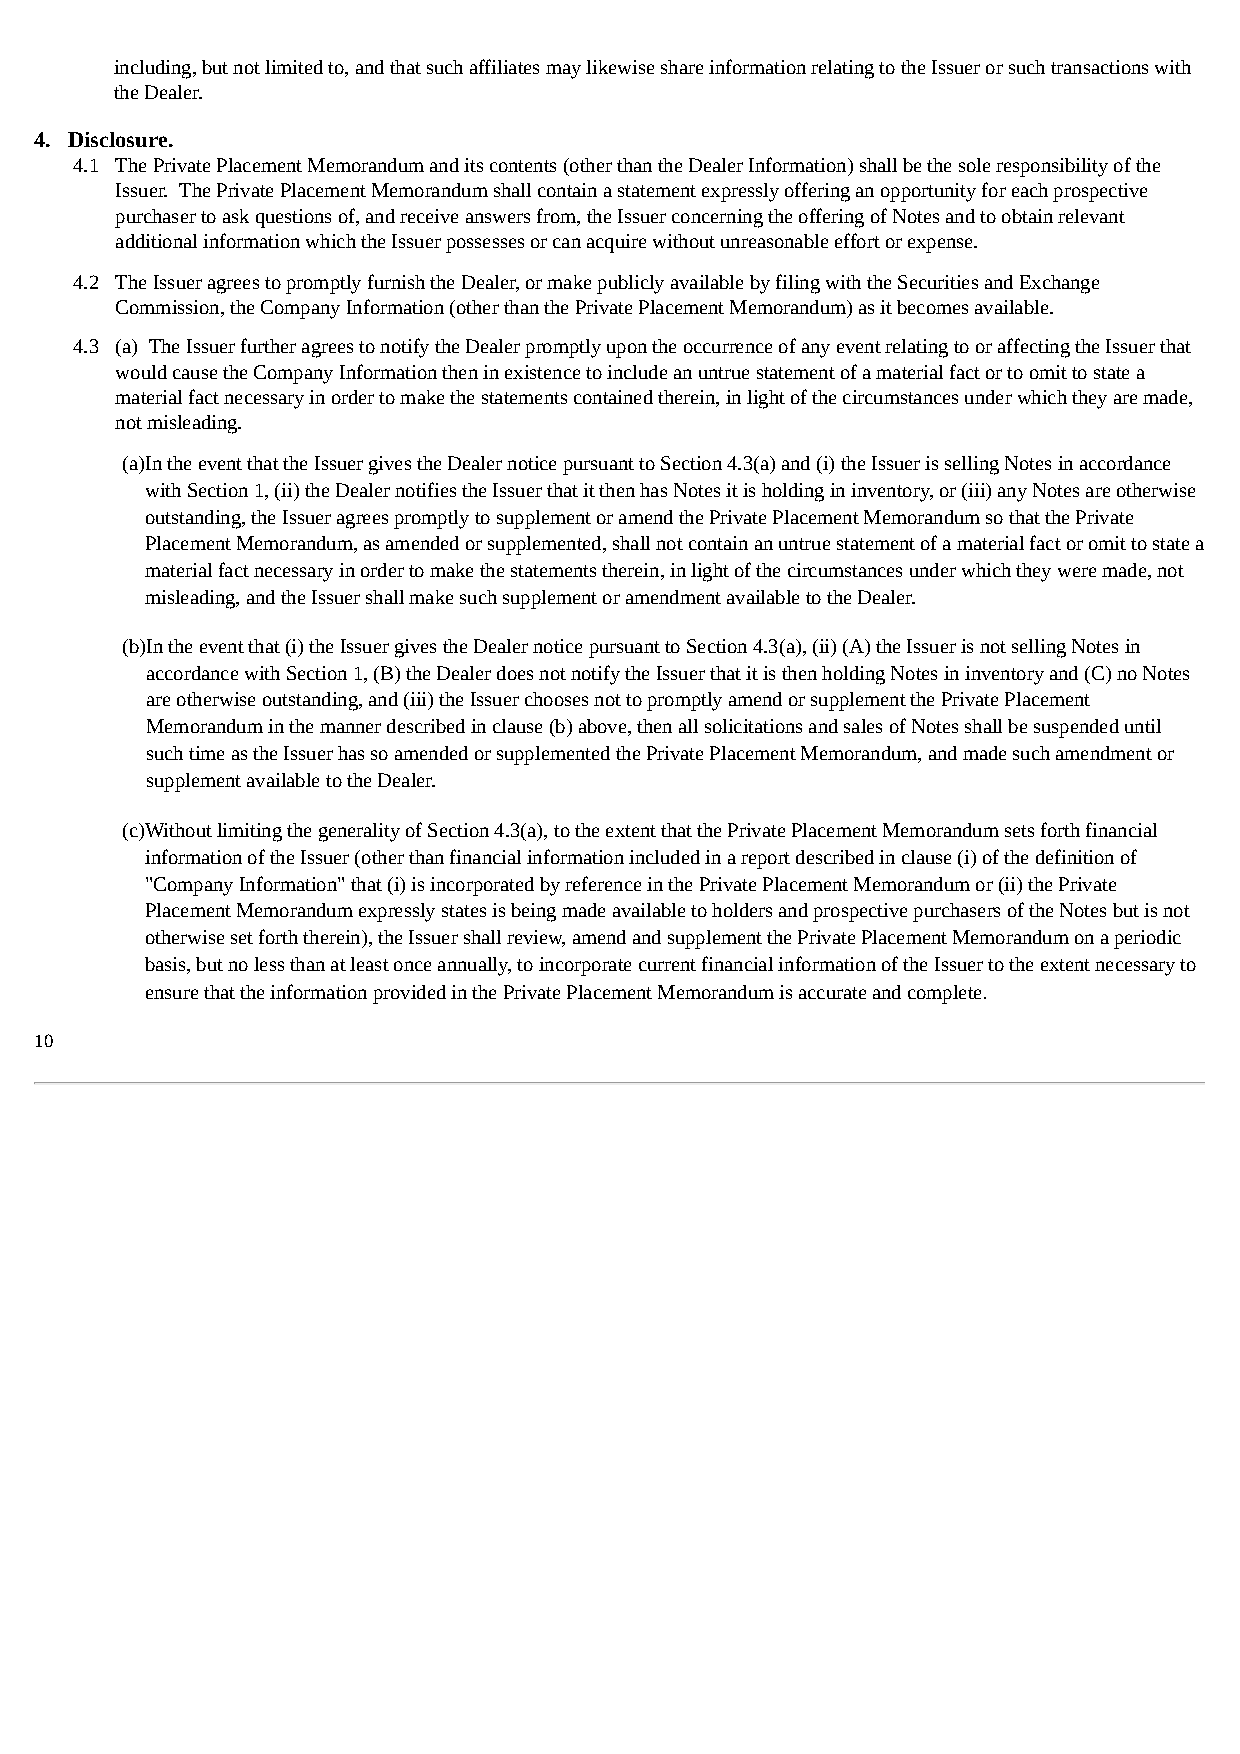
including, but not limited to, and that such affiliates may likewise share information relating to the Issuer or such transactions with
 the Dealer.
 4. Disclosure.
 4.1 The Private Placement Memorandum and its contents (other than the Dealer Information) shall be the sole responsibility of the
 Issuer. The Private Placement Memorandum shall contain a statement expressly offering an opportunity for each prospective
 purchaser to ask questions of, and receive answers from, the Issuer concerning the offering of Notes and to obtain relevant
 additional information which the Issuer possesses or can acquire without unreasonable effort or expense.
 4.2 The Issuer agrees to promptly furnish the Dealer, or make publicly available by filing with the Securities and Exchange
 Commission, the Company Information (other than the Private Placement Memorandum) as it becomes available.
 4.3 (a) The Issuer further agrees to notify the Dealer promptly upon the occurrence of any event relating to or affecting the Issuer that
 would cause the Company Information then in existence to include an untrue statement of a material fact or to omit to state a
 material fact necessary in order to make the statements contained therein, in light of the circumstances under which they are made,
 not misleading.
 (a)In the event that the Issuer gives the Dealer notice pursuant to Section 4.3(a) and (i) the Issuer is selling Notes in accordance
 with Section 1, (ii) the Dealer notifies the Issuer that it then has Notes it is holding in inventory, or (iii) any Notes are otherwise
 outstanding, the Issuer agrees promptly to supplement or amend the Private Placement Memorandum so that the Private
 Placement Memorandum, as amended or supplemented, shall not contain an untrue statement of a material fact or omit to state a
 material fact necessary in order to make the statements therein, in light of the circumstances under which they were made, not
 misleading, and the Issuer shall make such supplement or amendment available to the Dealer.
 (b)In the event that (i) the Issuer gives the Dealer notice pursuant to Section 4.3(a), (ii) (A) the Issuer is not selling Notes in
 accordance with Section 1, (B) the Dealer does not notify the Issuer that it is then holding Notes in inventory and (C) no Notes
 are otherwise outstanding, and (iii) the Issuer chooses not to promptly amend or supplement the Private Placement
 Memorandum in the manner described in clause (b) above, then all solicitations and sales of Notes shall be suspended until
 such time as the Issuer has so amended or supplemented the Private Placement Memorandum, and made such amendment or
 supplement available to the Dealer.
 (c)Without limiting the generality of Section 4.3(a), to the extent that the Private Placement Memorandum sets forth financial
 information of the Issuer (other than financial information included in a report described in clause (i) of the definition of
 "Company Information" that (i) is incorporated by reference in the Private Placement Memorandum or (ii) the Private
 Placement Memorandum expressly states is being made available to holders and prospective purchasers of the Notes but is not
 otherwise set forth therein), the Issuer shall review, amend and supplement the Private Placement Memorandum on a periodic
 basis, but no less than at least once annually, to incorporate current financial information of the Issuer to the extent necessary to
 ensure that the information provided in the Private Placement Memorandum is accurate and complete.
 10